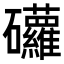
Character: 𥘁